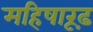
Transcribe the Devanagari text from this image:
महिषारूढ़